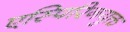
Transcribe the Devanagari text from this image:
एस्पिरिनयुक्त